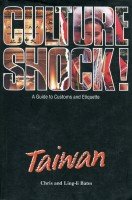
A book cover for Culture Shock!: Taiwan (Culture Shock!); Travel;